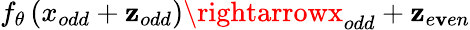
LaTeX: f_{\theta}\left(x_{odd}+\mathbf{z}_{odd}\right)\rightarrowx_{odd}+\mathbf{z}_{e\mathbf{v}en}